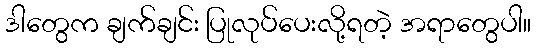
ဒါတွေက ချက်ချင်း ပြုလုပ်ပေးလို့ရတဲ့ အရာတွေပါ။